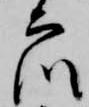
衆